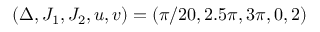
( \Delta , J _ { 1 } , J _ { 2 } , u , v ) = ( \pi / 2 0 , 2 . 5 \pi , 3 \pi , 0 , 2 )